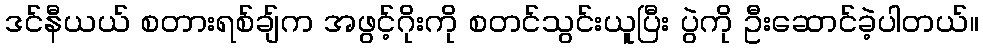
ဒင်နီယယ် စတားရစ်ချ်က အဖွင့်ဂိုးကို စတင်သွင်းယူပြီး ပွဲကို ဦးဆောင်ခဲ့ပါတယ်။